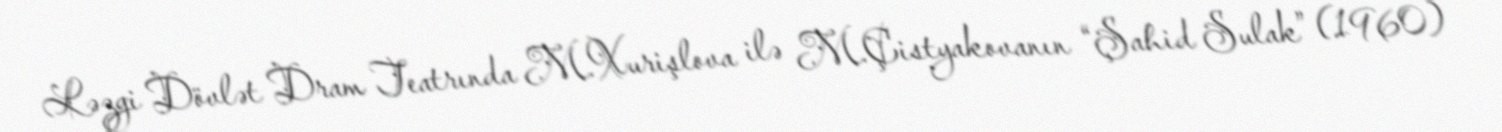
Ləzgi Dövlət Dram Teatrında M.Xurişlova ilə M.Çistyakovanın “Şahid Sulak” (1960)